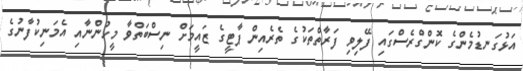
އަޅުގަނޑުމެންގެ ކޮންގްރެސްގައި ފޭލިވި ފަރާތްތަކުގެ ތެރެއިން ޕާޓީގެ ޒައީމަށް ނިސްބަތްވާ މީހުންނާއި އެމަނިކުފާނުގެ